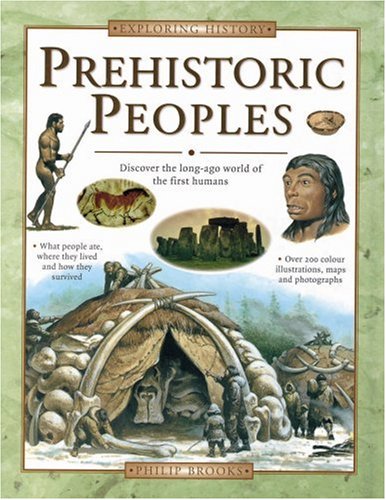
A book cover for Prehistoric Peoples: Discover the Long-ago World of the First Humans (Exploring History); Philip Brooks; Children's Books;